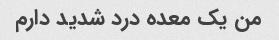
من یک معده درد شدید دارم